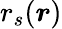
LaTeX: r_{s}(\boldsymbol{r})